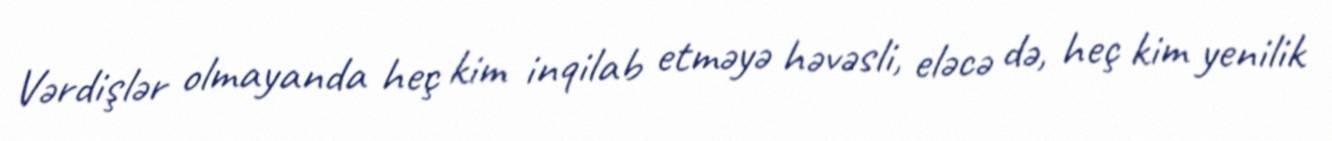
Vərdişlər olmayanda heç kim inqilab etməyə həvəsli, eləcə də, heç kim yenilik